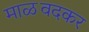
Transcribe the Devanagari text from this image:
माळवदकर